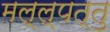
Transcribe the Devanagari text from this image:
मल्ल्पत्तु